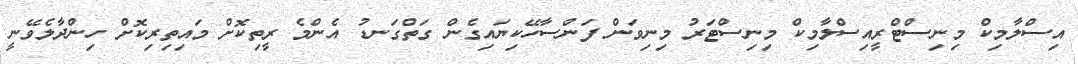
އިސްލާމިކް މިނިސްޓްރީއިސްލާމިކް މިނިސްޓަރު މިނިވަން ފަންސާހޭކިޔައިގެން ގަތްގަނޑު އެންމެ ރީތިކޮށް މައިތިރިކޮށް ހިންދާލެވޭނީ